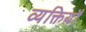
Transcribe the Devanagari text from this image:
व्यक्तियौं